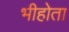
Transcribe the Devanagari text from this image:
भीहोता